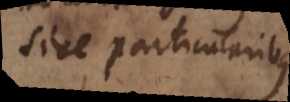
sive particularibus